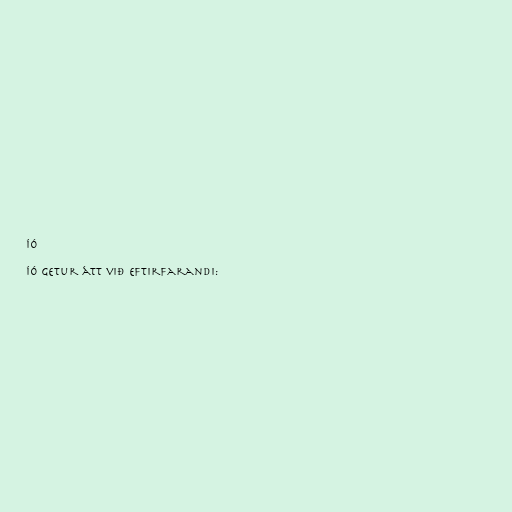
Íó

Íó getur átt við eftirfarandi: